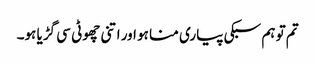
تم تو ہم سبکی پیاری منا ہو اور اتنی چھوٹی سی گڑیا ہو۔